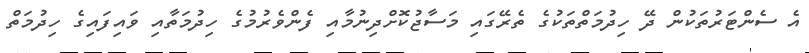
އެ ސެންޓަރުތަކުން ދޭ ހިދުމަތްތަކުގެ ތެރޭގައި މަސާޖުކޮށްދިނުމާއި ފެންވެރުމުގެ ހިދުމަތާއި ވައިފައިގެ ހިދުމަތް